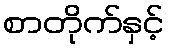
စာတိုက်နှင့်